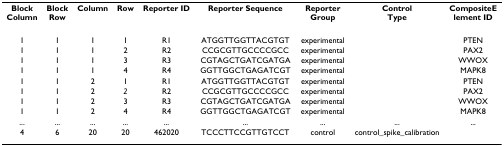
<table><thead><tr><td><b>Block Column</b></td><td><b>Block Row</b></td><td><b>Column</b></td><td><b>Row</b></td><td><b>Reporter ID</b></td><td><b>Reporter Sequence</b></td><td><b>Reporter Group</b></td><td><b>Control Type</b></td><td><b>CompositeElement ID</b></td></tr></thead><tbody><tr><td>1</td><td>1</td><td>1</td><td>1</td><td>R1</td><td>ATGGTTGGTTACGTGT</td><td>experimental</td><td></td><td>PTEN</td></tr><tr><td>1</td><td>1</td><td>1</td><td>2</td><td>R2</td><td>CCGCGTTGCCCCGCC</td><td>experimental</td><td></td><td>PAX2</td></tr><tr><td>1</td><td>1</td><td>1</td><td>3</td><td>R3</td><td>CGTAGCTGATCGATGA</td><td>experimental</td><td></td><td>WWOX</td></tr><tr><td>1</td><td>1</td><td>1</td><td>4</td><td>R4</td><td>GGTTGGCTGAGATCGT</td><td>experimental</td><td></td><td>MAPK8</td></tr><tr><td>1</td><td>1</td><td>2</td><td>1</td><td>R1</td><td>ATGGTTGGTTACGTGT</td><td>experimental</td><td></td><td>PTEN</td></tr><tr><td>1</td><td>1</td><td>2</td><td><i>2</i></td><td>R2</td><td>CCGCGTTGCCCCGCC</td><td>experimental</td><td></td><td>PAX2</td></tr><tr><td>1</td><td>1</td><td>2</td><td>3</td><td>R3</td><td>CGTAGCTGATCGATGA</td><td>experimental</td><td></td><td>WWOX</td></tr><tr><td>1</td><td>1</td><td>2</td><td>4</td><td>R4</td><td>GGTTGGCTGAGATCGT</td><td>experimental</td><td></td><td>MAPK8</td></tr><tr><td>...</td><td>...</td><td>...</td><td>...</td><td>...</td><td>...</td><td>...</td><td>...</td><td>...</td></tr><tr><td>4</td><td>6</td><td>20</td><td>20</td><td>462020</td><td>TCCCTTCCGTTGTCCT</td><td>control</td><td>control_spike_calibration</td><td></td></tr></tbody></table>